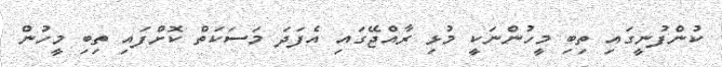
ކުންފުނީގައި ތިބި މީހުންނަކީ މުޅި ރާއްޖޭގައި އެފަދަ މަސަކަތް ކޮށްފައި ތިބި މީހުން